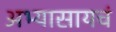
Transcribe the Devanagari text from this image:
अभ्यासायचं